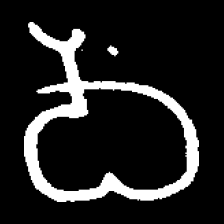
Pyu character \u2014 Myanmar letter: ဝ (romanized: wa)